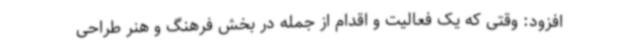
افزود: وقتی که یک فعالیت و اقدام از جمله در بخش فرهنگ و هنر طراحی